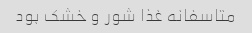
متاسفانه غذا شور و خشک بود